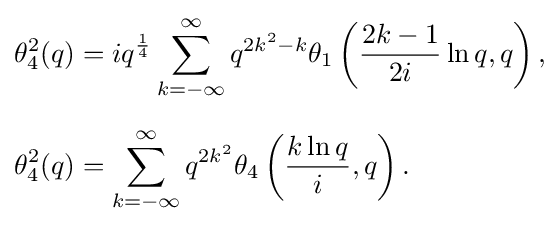
{\begin{aligned}\theta _{4}^{2}(q)&=iq^{\frac {1}{4}}\sum _{k=-\infty }^{\infty }q^{2k^{2}-k}\theta _{1}\left({\frac {2k-1}{2i}}\ln q,q\right),\\[6pt]\theta _{4}^{2}(q)&=\sum _{k=-\infty }^{\infty }q^{2k^{2}}\theta _{4}\left({\frac {k\ln q}{i}},q\right).\end{aligned}}